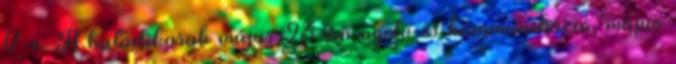
17-e. A hatodikosok május 23-án nyelv és kommunikáció, május